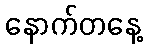
နောက်တနေ့